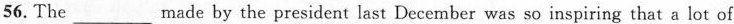
56. The___made by the president last December was so inspiring that a lot of